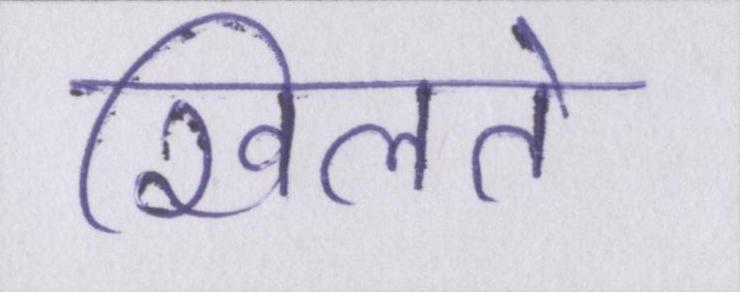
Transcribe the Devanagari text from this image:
खिलते